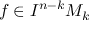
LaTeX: f \in I ^ { n - k } M _ { k }